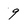
Character: 9